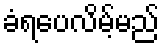
ခံရပေလိမ့်မည်